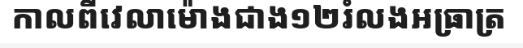
កាលពីវេលាម៉ោងជាង១២រំលងអធ្រាត្រ